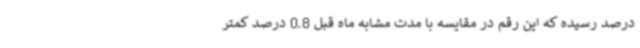
درصد رسیده که این رقم در مقایسه با مدت مشابه ماه قبل 0.8 درصد کمتر